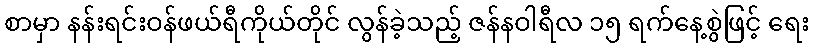
စာမှာ နန်းရင်းဝန်ဖယ်ရီကိုယ်တိုင် လွန်ခဲ့သည့် ဇန်နဝါရီလ ၁၅ ရက်နေ့စွဲဖြင့် ရေး